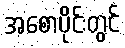
အစောပိုင်းတွင်